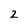
Character: 2